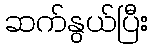
ဆက်နွယ်ပြီး